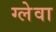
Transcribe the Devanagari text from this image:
ग्लेवा